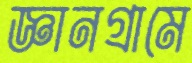
জ্ঞানগ্রামে